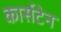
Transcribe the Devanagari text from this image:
कार्सटेन